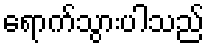
ရောက်သွားပါသည်